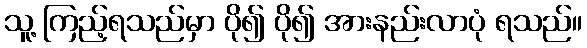
သူ့ ကြည့်ရသည်မှာ ပို၍ ပို၍ အားနည်းလာပုံ ရသည်။